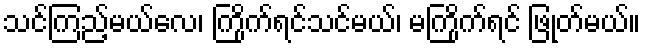
သင်ကြည့်မယ်လေ၊ ကြိုက်ရင်သင်မယ်၊ မကြိုက်ရင် ဖြုတ်မယ်။